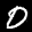
Label: 0